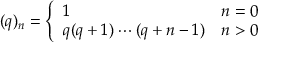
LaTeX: ( q ) _ { n } = { \left\{ \begin{array} { l l } { 1 } & { n = 0 } \\ { q ( q + 1 ) \cdots ( q + n - 1 ) } & { n > 0 } \end{array} \right. }